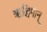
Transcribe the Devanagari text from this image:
ऋद्धिमान्‌